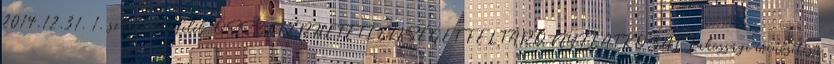
2014.12.31. 1. számú függelék ÖSSZEFÉRHETETLENSÉGET FELTÁRÓ NYILATKOZAT Lakossági minősítésű